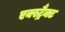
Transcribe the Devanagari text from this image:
एक्स्ट्रैक्ट